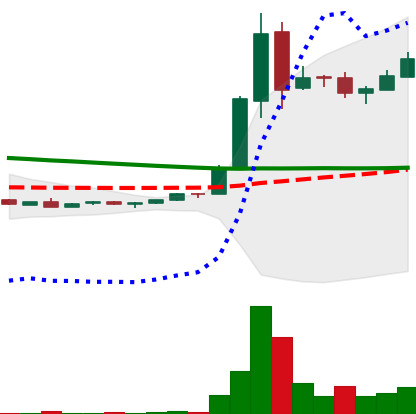
Ticker: DOGE-USD
Chart end date: 2018-09-08
Forward return: 15.144%
Label: up_7plus